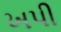
ખપી